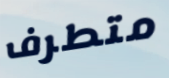
متطرف